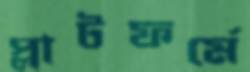
প্লাটফর্মে